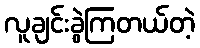
လူချင်းခွဲကြတယ်တဲ့